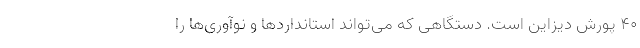
40 پورش دیزاین است. دستگاهی که می‌تواند استانداردها و نوآوری‌ها را